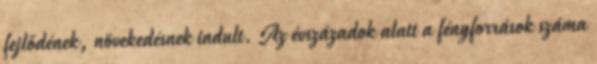
fejlődének, növekedésnek indult. Az évszázadok alatt a fényforrások száma